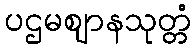
ပဌမဈာနသုတ္တံ